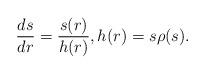
LaTeX: \begin{align*}\frac{ds}{dr} = \frac{s(r)}{h(r)}, h(r) = s\rho(s).\end{align*}